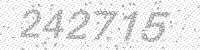
Solution: 242715